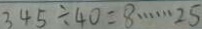
3 4 5 \div 4 0 = 8 \cdots 2 5